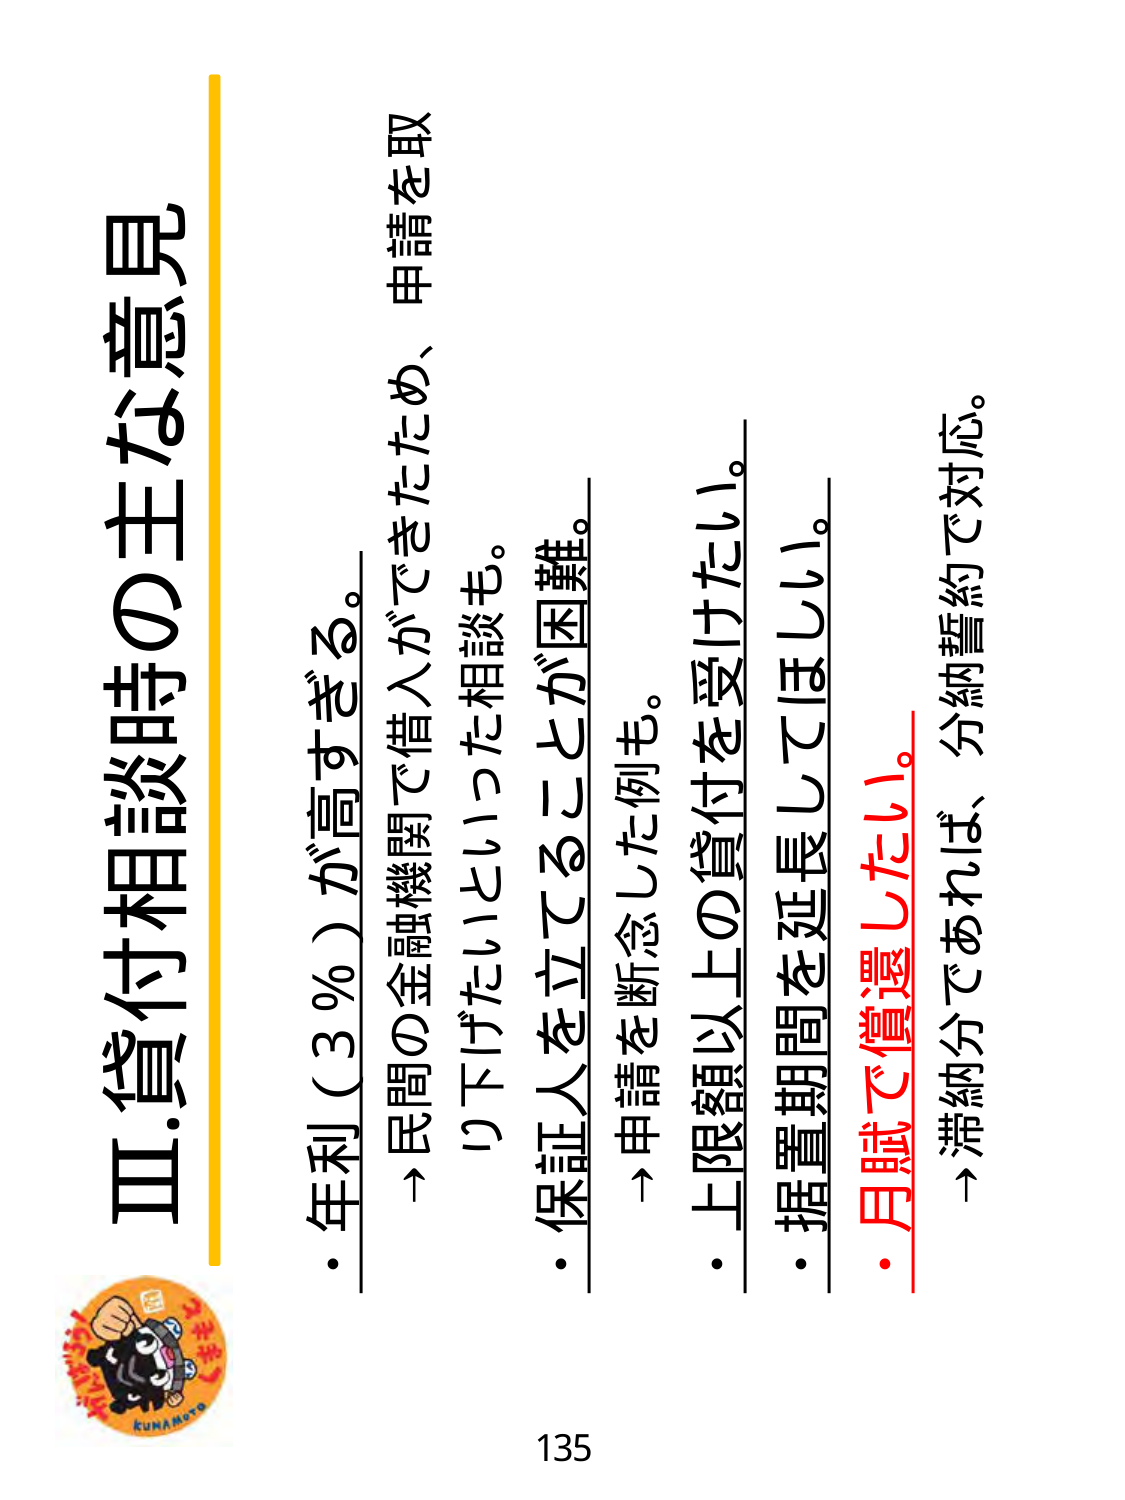
Ⅲ.貸付相談時の主な意見

・年利（3％）が高すぎる。
　→ 民間の金融機関で借入ができきたため、申請を取
　　り下げたいといった相談も。
　→ 申請を断念した例も。

・保証人を立てることが困難。

・上限額以上の貸付を受けたい。

・据置期間を延長してほしい。

・月賦で償還したい。
　→ 滞納分であれば、分納誓約で対応。

135

kunamoto